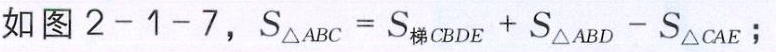
如图 \(2 - 1 - 7\)，\(S_{\triangle ABC}=S_{梯CBDE}+S_{\triangle ABD}-S_{\triangle CAE}\)；